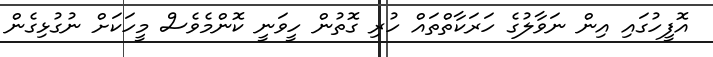
އޮފީހުގައި އިން ނަވާލުގެ ހަރަކާތްތައް ހުރި ގޮތުން ހީވަނީ ކޮންމެވެސް މީހަކަށް ނުގުޅިގެން